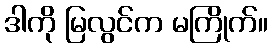
ဒါကို မြလွင်က မကြိုက်။